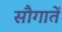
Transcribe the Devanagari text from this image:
सौगातें